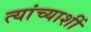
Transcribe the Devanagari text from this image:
त्यांच्याशीं